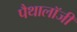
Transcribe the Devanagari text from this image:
पैथालॉजी